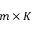
m \times K